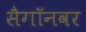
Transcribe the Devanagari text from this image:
सैगॉनवर